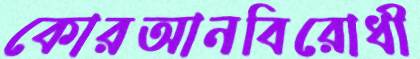
কোরআনবিরোধী